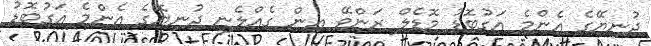
ދުނިޔޭގެ އެންމެ އަގުބޮޑު މޮޑެލް ރަންވޭ އިން ގެއްލެނީ ދުނިޔޭގެ އެންމެ އަގުބޮޑު